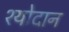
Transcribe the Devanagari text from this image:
श्योदान